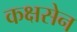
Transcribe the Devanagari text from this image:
कक्षसेन